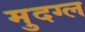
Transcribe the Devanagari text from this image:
मुदग्ल